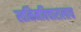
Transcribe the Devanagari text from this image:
स्वनिमविचारालाच